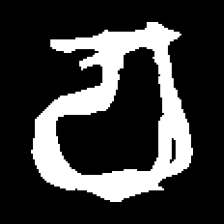
Pyu character \u2014 Myanmar letter: စ (romanized: ca)